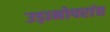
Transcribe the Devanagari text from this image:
उड़ानोपरांत